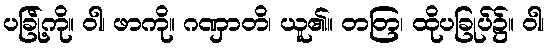
ပခြု့်ကို။ ဝါ၊ ဖာကို။ ဂဏှာတိ၊ ယူ၏။ တတြ၊ ထိုပခြုပ်၌။ ဝါ၊